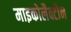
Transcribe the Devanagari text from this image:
माइकोलैक्टोन